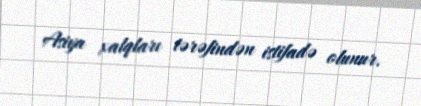
Asiya xalqları tərəfindən istifadə olunur.